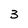
Character: 3